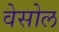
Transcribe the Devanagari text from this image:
वेसोल